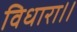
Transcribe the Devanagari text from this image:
विधारा।।